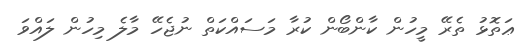
ޢަތޮޅު ތެރޭ މީހުން ކާންބޯން ކުރާ މަސައްކަތް ނުޖެހޭ މާލެ މިހުން ލައްވަަ